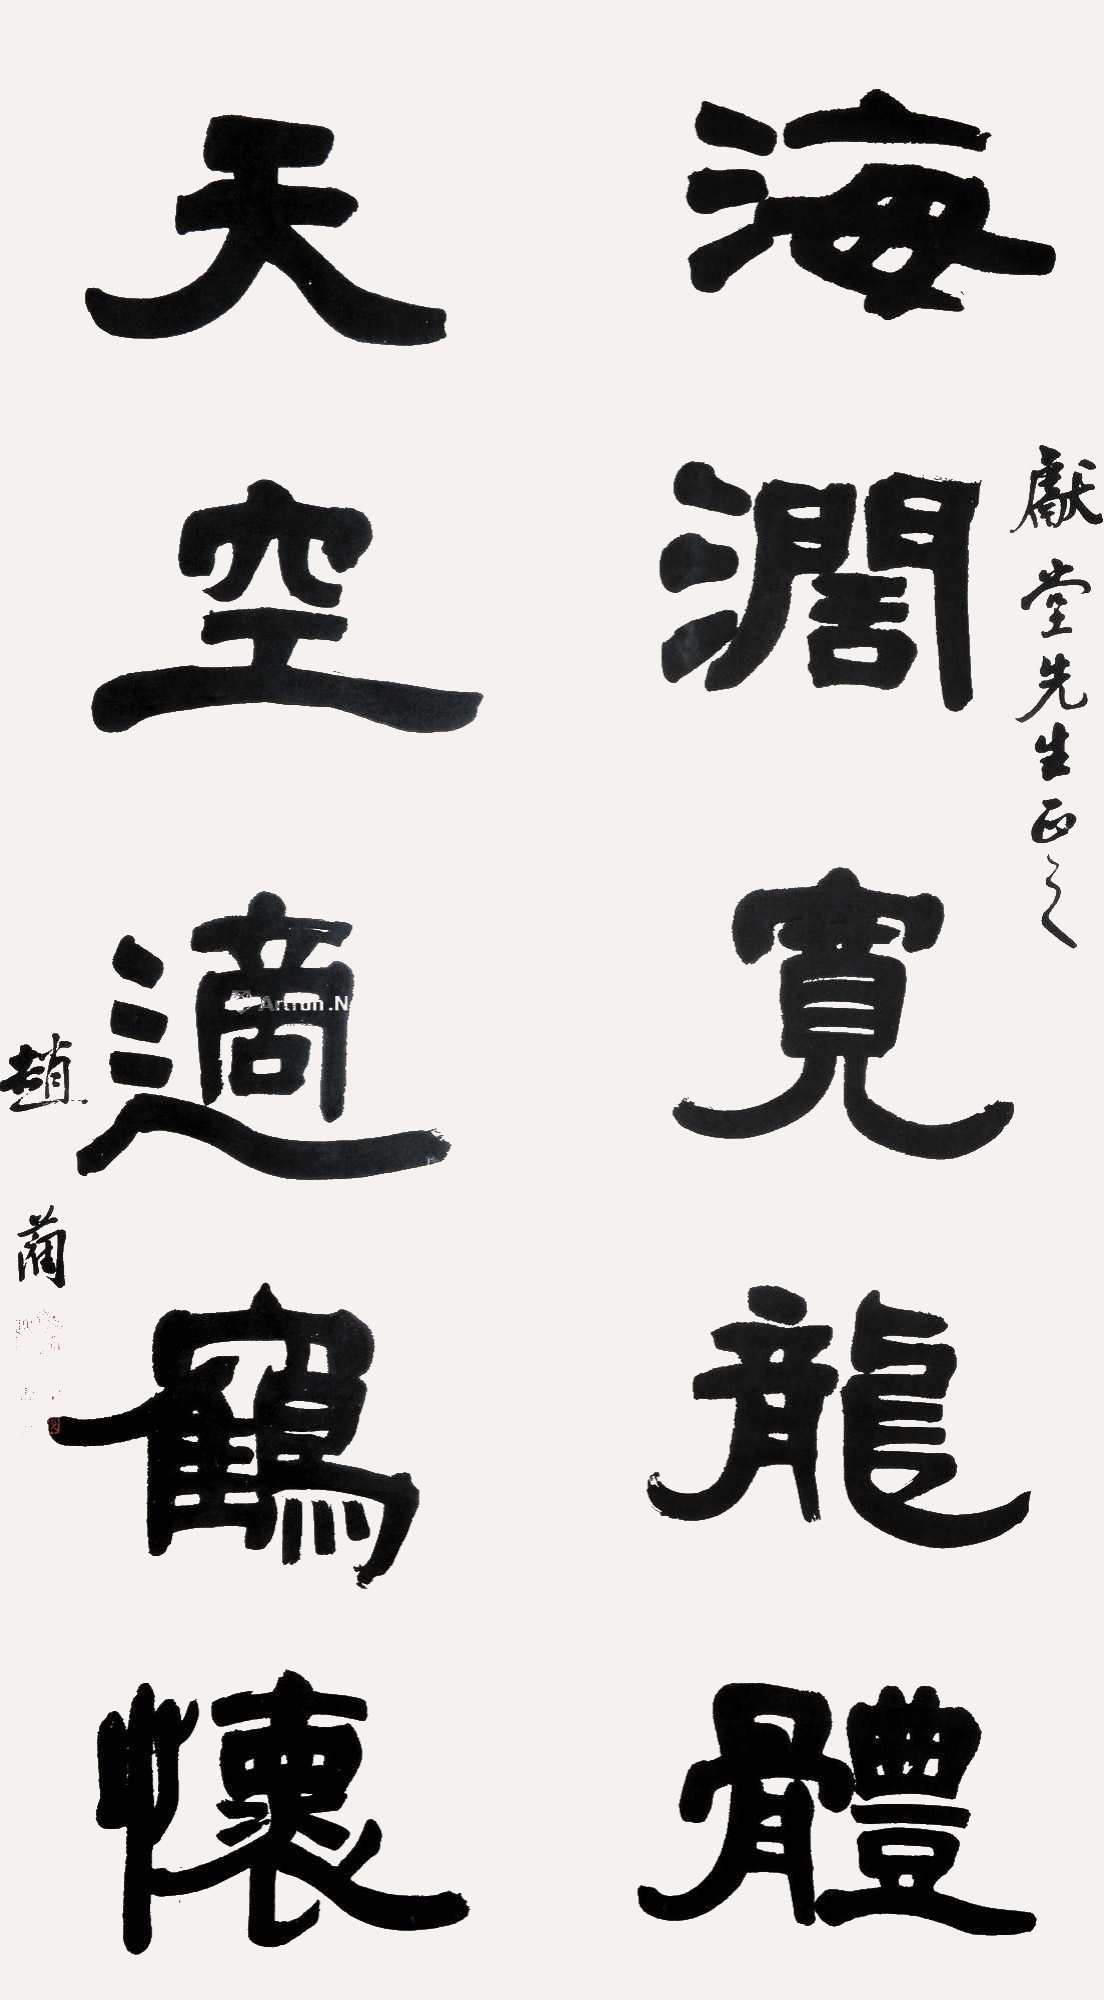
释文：海濶宽龙体，天空适鹤怀。献堂先生教之。赵蔺